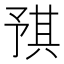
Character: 𪜝